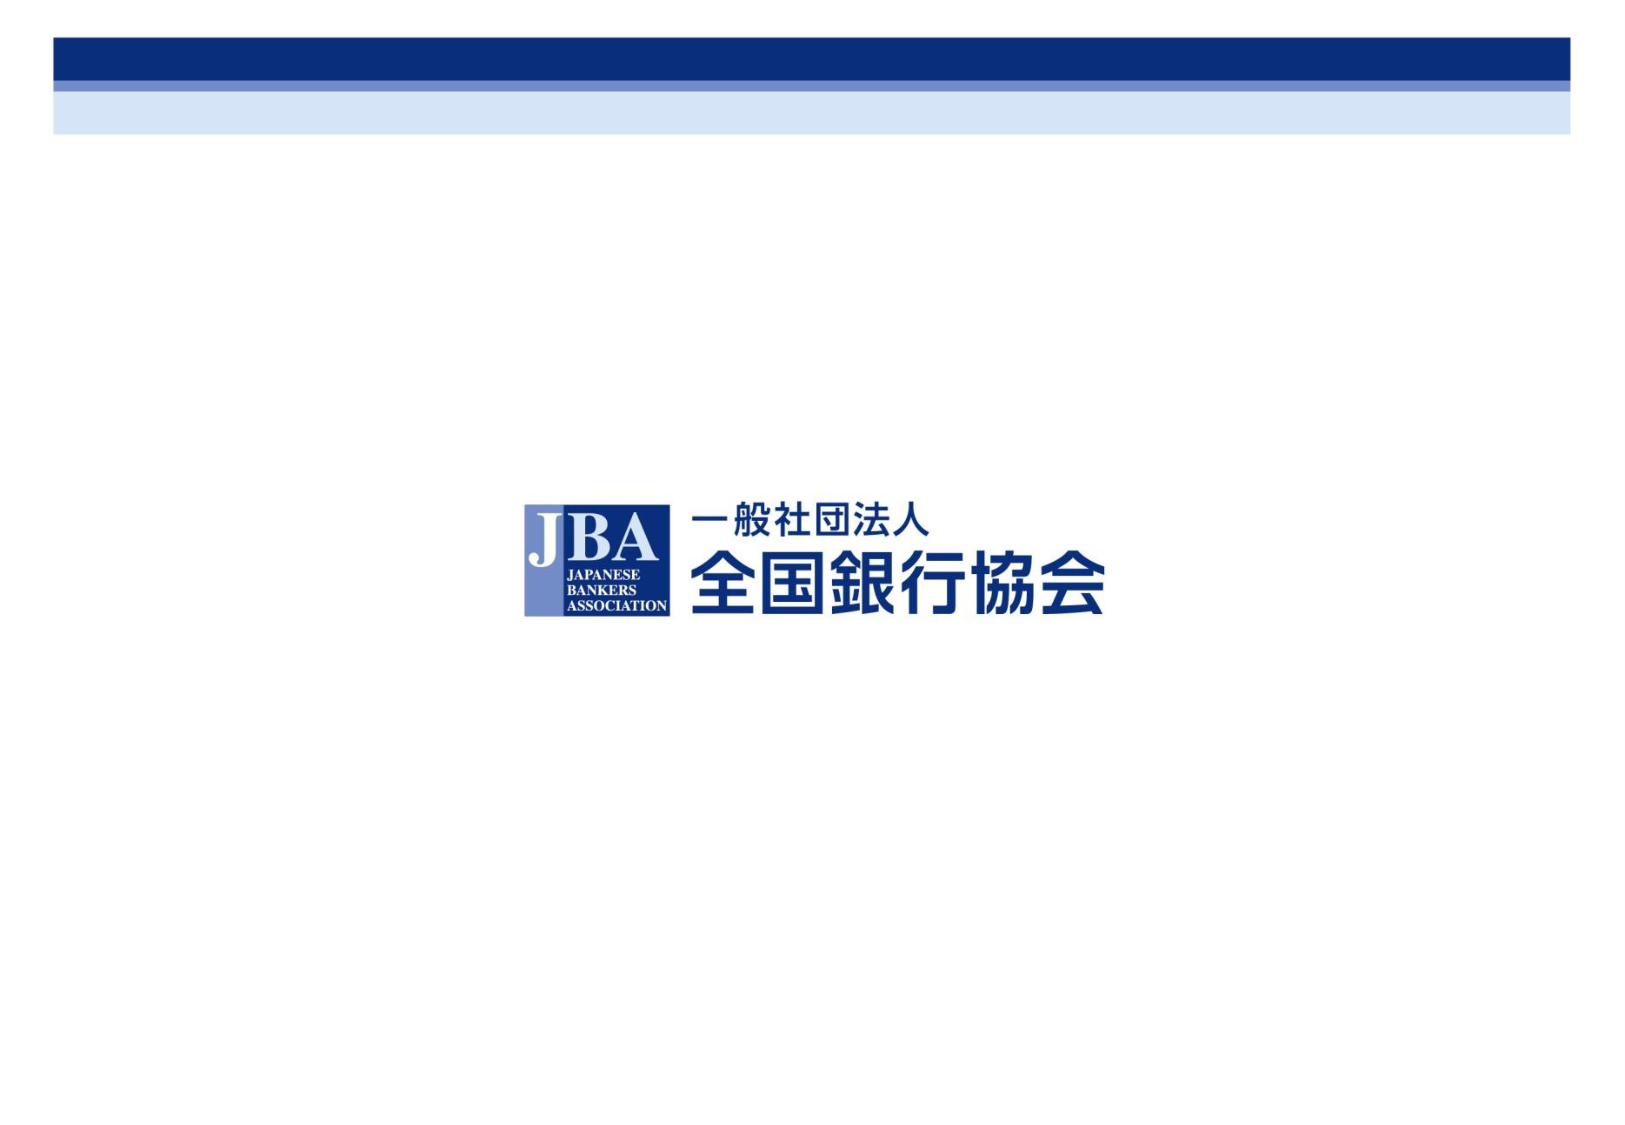
JBA
JAPANESE
BANKERS
ASSOCIATION
一般社団法人
全国銀行協会